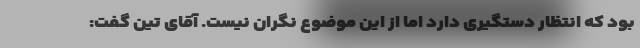
بود که انتظار دستگیری دارد اما از این موضوع نگران نیست. آقای تین گفت: